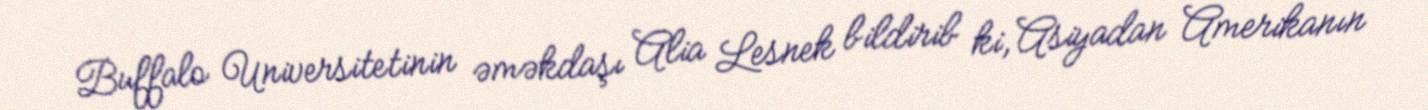
Buffalo Universitetinin əməkdaşı Alia Lesnek bildirib ki, Asiyadan Amerikanın